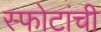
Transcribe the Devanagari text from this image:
स्फोटांची